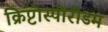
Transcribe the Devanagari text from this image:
क्रिप्टोस्पोरीडम